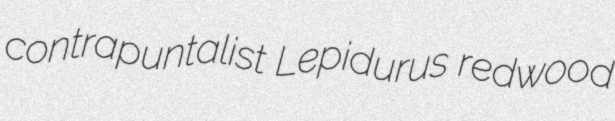
contrapuntalist Lepidurus redwood